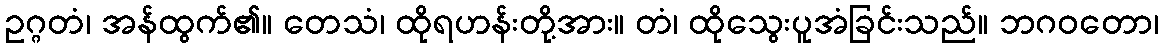
ဥဂ္ဂတံ၊ အန်ထွက်၏။ တေသံ၊ ထိုရဟန်းတို့အား။ တံ၊ ထိုသွေးပူအံခြင်းသည်။ ဘဂဝတော၊